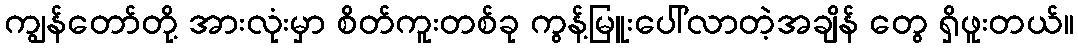
ကျွန်တော်တို့ အားလုံးမှာ စိတ်ကူးတစ်ခု ကွန့်မြူးပေါ်လာတဲ့အချိန် တွေ ရှိဖူးတယ်။